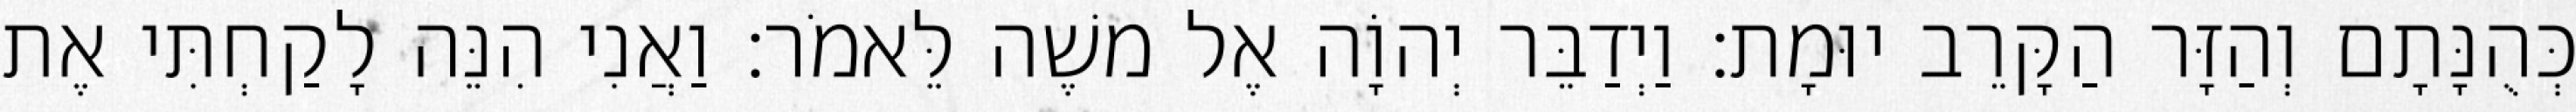
כְּהֻנָּתָם וְהַזָּר הַקָּרֵב יוּמָת׃ וַיְדַבֵּר יְהוָֹה אֶל משֶׁה לֵּאמֹר׃ וַאֲנִי הִנֵּה לָקַחְתִּי אֶת